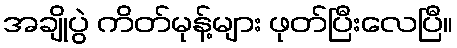
အချိုပွဲ ကိတ်မုန့်များ ဖုတ်ပြီးလေပြီ။